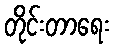
တိုင်းတာရေး